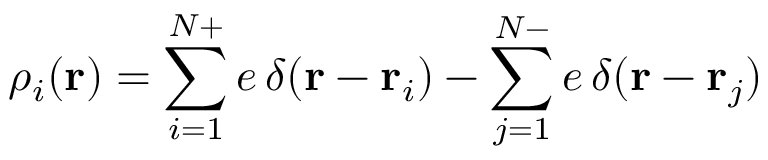
\rho _ { i } ( \mathbf { r } ) = \sum _ { i = 1 } ^ { N + } e \, \delta ( \mathbf { r } - \mathbf { r } _ { i } ) - \sum _ { j = 1 } ^ { N - } e \, \delta ( \mathbf { r } - \mathbf { r } _ { j } )